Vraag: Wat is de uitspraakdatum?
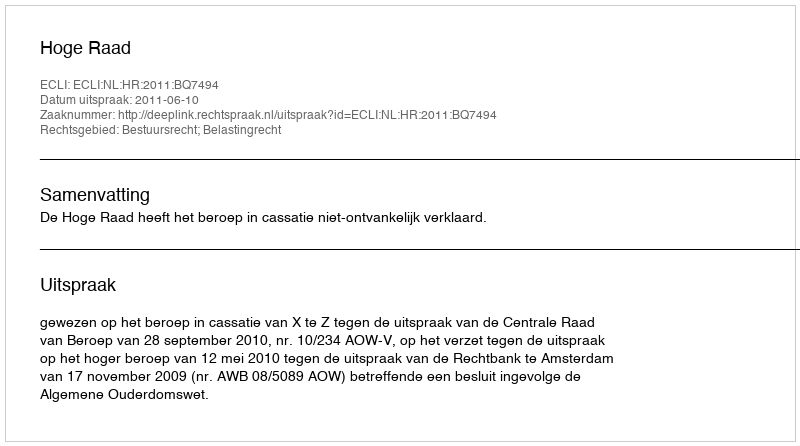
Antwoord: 2011-06-10